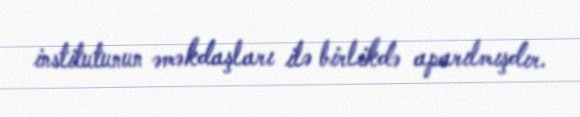
institutunun əməkdaşları ilə birlikdə aparılmışdır.